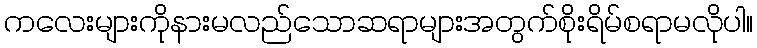
ကလေးများကိုနားမလည်သောဆရာများအတွက်စိုးရိမ်စရာမလိုပါ။